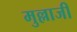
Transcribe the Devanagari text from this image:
मुल्लाजी